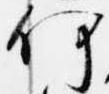
何